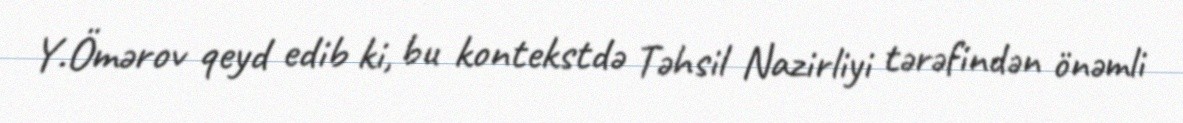
Y.Ömərov qeyd edib ki, bu kontekstdə Təhsil Nazirliyi tərəfindən önəmli